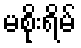
မစိုးရိမ်